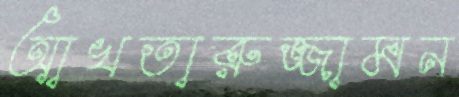
আখতারুজ্জামন